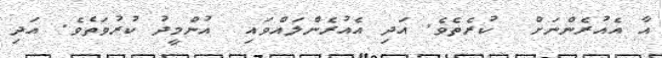
އާ އެއުރެންނަށް  ކުރެތެވެ. އަދި އެއުރެންލައްވައި  އުންމީދު ކުރުވަތެވެ. އަދި